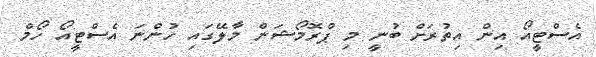
އެސްޓީއޯ އިން އިތުރަށް ބުނީ މި ޕްރޮމޯޝަން މާލޭގައި ހުންނަ އެސްޓީއޯ ހޯމް